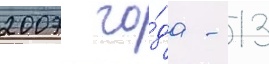
2007 го́да - 13